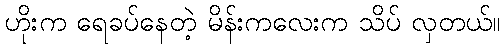
ဟိုးက ရေခပ်နေတဲ့ မိန်းကလေးက သိပ် လှတယ်။